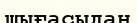
шығасыдан